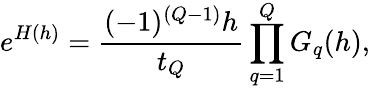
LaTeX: e^{H(h)}={\frac{(-1)^{(Q-1)}h}{t_{Q}}}\prod_{q=1}^{Q}G_{q}(h),